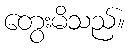
တွေးမိသည်။